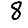
Digit: 8